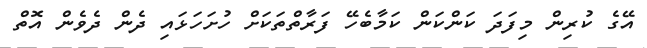
އޭގެ ކުރިން މިފަދަ ކަންކަން ކަމާބެހޭ ފަރާތްތަކަށް ހުށަހަޅައި ދެން ދެވެން އޮތް